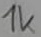
Text: 1k